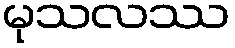
မုသလဿ